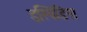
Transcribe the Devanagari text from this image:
इस्पिडिना